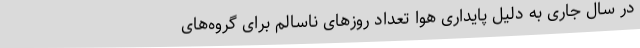
در سال جاری به دلیل پایداری هوا تعداد روزهای ناسالم برای گروه‌های